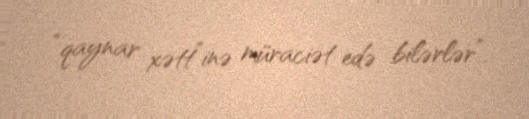
“qaynar xətt”inə müraciət edə bilərlər”.